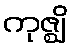
ကုဇ္ဈိ